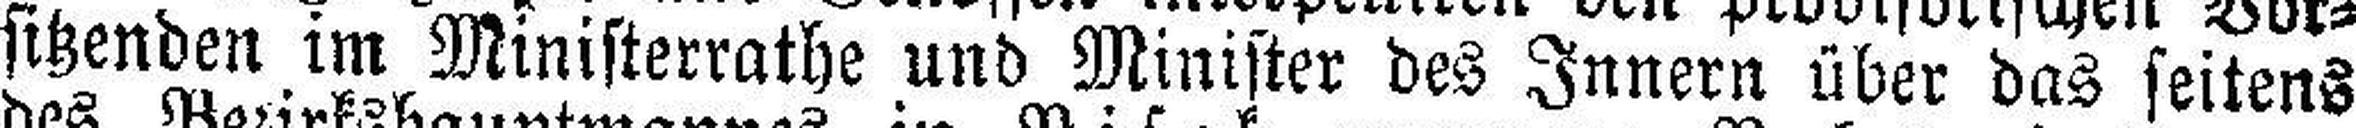
sitzenden im Ministerrathe und Minister des Innern über das seitens